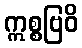
ဣစ္စဗြဝိ